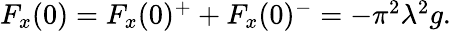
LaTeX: \begin{array}{r}{F_{x}(0)=F_{x}(0)^{+}+F_{x}(0)^{-}=-\pi^{2}\lambda^{2}g.}\end{array}